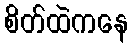
စိတ်ထဲကနေ